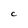
Character: C